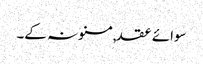
سوائے عقد,مسنونہ کے۔